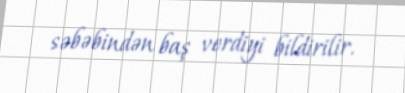
səbəbindən baş verdiyi bildirilir.